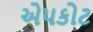
એપકોટ